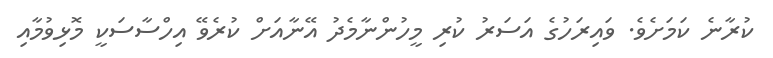
ކުރާނެ ކަމަށެވެ. ވައިރަހުގެ އަސަރު ކުރި މީހުންނާމެދު އޭނާއަށް ކުރެވޭ އިހްސާސަކީ މޮޅިވުމާއި